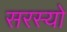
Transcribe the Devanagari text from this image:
सरस्‍यो